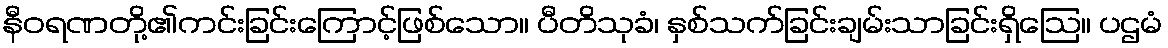
နီဝရဏတို့၏ကင်းခြင်းကြောင့်ဖြစ်သော။ ပီတိသုခံ၊ နှစ်သက်ခြင်းချမ်းသာခြင်းရှိဩေ။ ပဌမံ